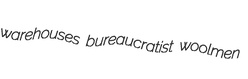
warehouses bureaucratist woolmen